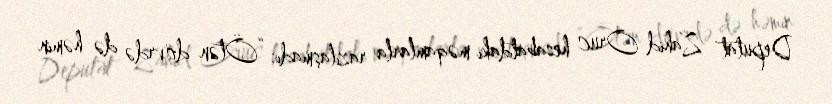
Deputat Zahid Oruc hesabatdakı məqamlarla razılaşmadı: “Ötən dövrdə də həmin